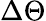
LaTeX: \Delta\Theta